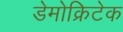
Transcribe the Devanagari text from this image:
डेमोक्रिटेक